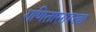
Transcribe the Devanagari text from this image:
गणितासारखा